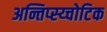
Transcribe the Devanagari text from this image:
अन्तिप्स्य्चोटिक